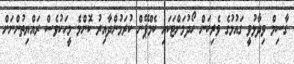
ގާސިމް ވިދާޅުވީ ގައުމުގެ ވެރިކަން ހޯދުމަށްޓަކައި ކެމްޕޭން ކުރަމުންދާއިރު ކޮންމެ މީހަކުވެސް ރައްޔިތުންނަށް